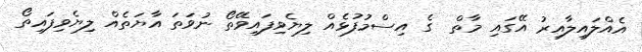
އެއްލައިލާއިރު އޭގައި މާތް  ގެ އިސްމުފުޅެއް ލިޔެވިފައިވޭތޯ ނުވަތަ އާޔަތެއް ލިޔެވިފައިތޯ